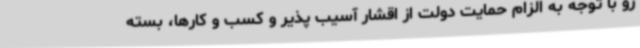
رو با توجه به الزام حمایت دولت از اقشار آسیب پذیر و کسب و کارها، بسته